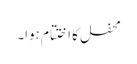
محفل کا اختتام ہوا۔